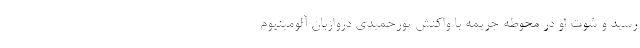
رسید و شوت او در محوطه جریمه با واکنش پورحمیدی دروازبان آلومینیوم